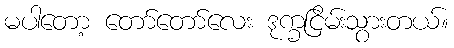
မပါတော့ တော်တော်လေး ဒုက္ခငြိမ်းသွားတယ်။